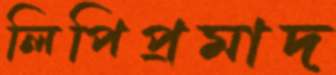
লিপিপ্রমাদ